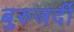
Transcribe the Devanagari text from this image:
बुरुजर्दी